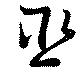
巫